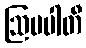
ဩပပါတီ